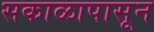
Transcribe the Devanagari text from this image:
सकाळापासून